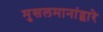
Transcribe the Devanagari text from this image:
मुसलमानांद्वारे